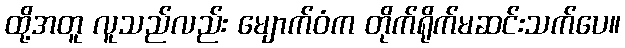
ထို့အတူ လူသည်လည်း မျောက်ဝံက တိုက်ရိုက်မဆင်းသက်ပေ။